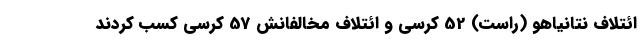
ائتلاف نتانیاهو (راست) 52 کرسی و ائتلاف مخالفانش 57 کرسی کسب کردند